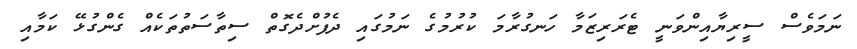
ނަމަވެސް ސީރިޔާއިންވަނީ ޓެރަރިޒަމާ ހަނގުރާމަ ކުރުމުގެ ނަމުގައި ދެފުށްދެގޮތް ސިތާސަތުތަކެއް ގެންގުޅޭ ކަމާއި